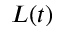
L ( t )